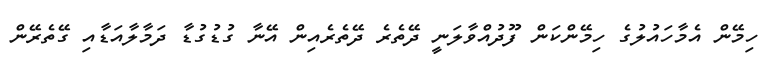
ހިމޭން އެމާހައުލުގެ ހިމޭންކަން ފޫދުއްވާލަނީ ދޭތެރެ ދޭތެރެއިން އޭނާ ގުޑުގުޑާ ދަމާލާއަޑާއި ގޭތެރޭން